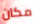
مكان